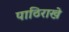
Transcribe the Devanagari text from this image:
पाठिराखे